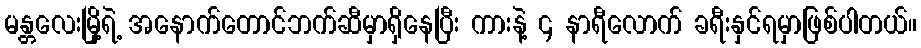
မန္တလေးမြို့ရဲ့ အနောက်တောင်ဘက်ဆီမှာရှိနေပြီး ကားနဲ့ ၄ နာရီလောက် ခရီးနှင်ရမှာဖြစ်ပါတယ်။